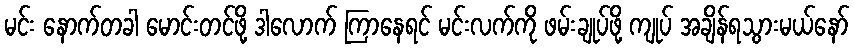
မင်း နောက်တခါ မောင်းတင်ဖို့ ဒါလောက် ကြာနေရင် မင်းလက်ကို ဖမ်းချုပ်ဖို့ ကျုပ် အချိန်ရသွားမယ်နော်